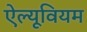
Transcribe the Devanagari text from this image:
ऐल्यूवियम